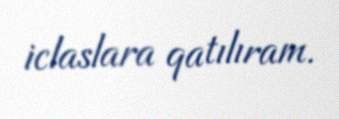
iclaslara qatılıram.